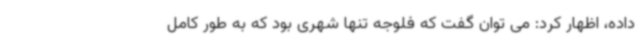
داده، اظهار کرد: می توان گفت که فلوجه تنها شهری بود که به طور کامل